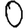
Digit: 0